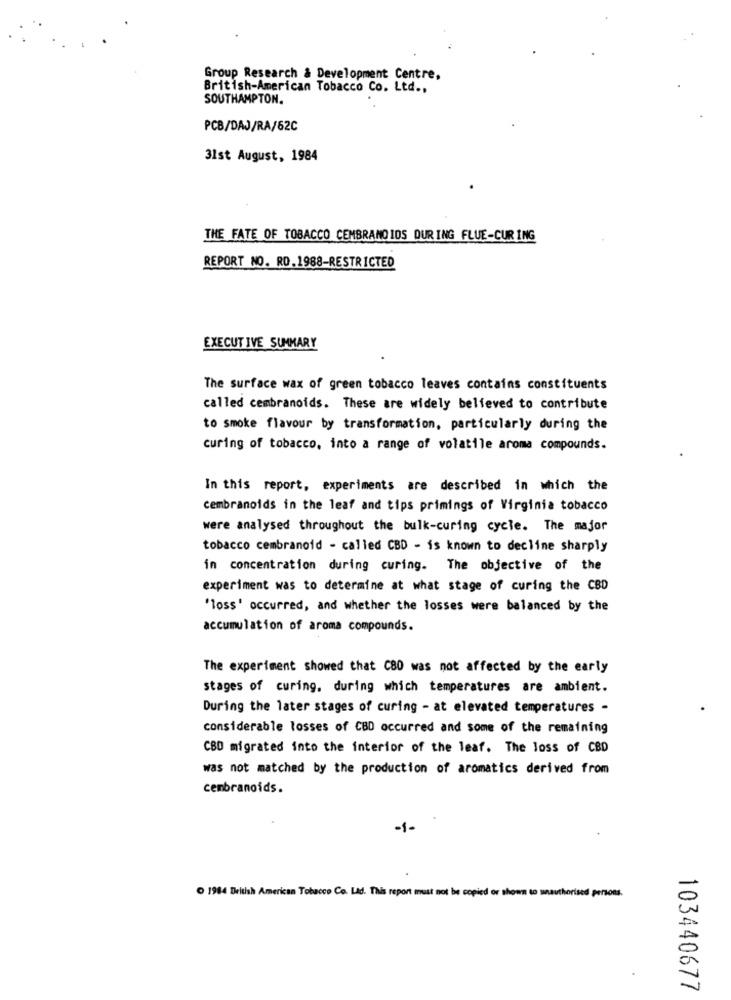
Group Research & Development Centre,
British-American Tobacco Co. Ltd .,
SOUTHAMPTON.
PCB/DAJ/RA/62C
31st August, 1984
THE FATE OF TOBACCO CEMBRANDIOS DURING FLUE-CURING
REPORT NO. RO.1988-RESTRICTED
EXECUTIVE SUMMARY
The surface wax of green tobacco leaves contains constituents
called cembranoids. These are widely believed to contribute
to smoke flavour by transformation, particularly during the
curing of tobacco, into a range of volatile aroma compounds.
In this report, experiments are described in which the
cembranoids in the leaf and tips primings of Virginia tobacco
were analysed throughout the bulk-curing cycle. The major
tobacco cembranoid - called CBD - is known to decline sharply
in concentration during curing. The objective of the
experiment was to determine at what stage of curing the CBD
'loss' occurred, and whether the losses were balanced by the
accumulation of aroma compounds.
The experiment showed that C80 was not affected by the early
stages of curing. during which temperatures are ambient.
During the later stages of curing - at elevated temperatures -
considerable losses of CBD occurred and some of the remaining
CBD migrated into the interior of the leaf. The loss of CBD
was not matched by the production of aromatics derived from
cembranoids.
-1-
O 1984 British American Tobacco Co. Ltd. This report must not be copied or shown to unauthorised persons.
103440677